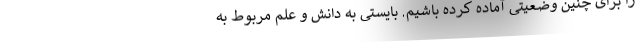
را برای چنین وضعیتی آماده کرده باشیم. بایستی به دانش و علم مربوط به